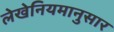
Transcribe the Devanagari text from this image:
लेखेनियमानुसार